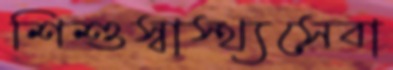
শিশুস্বাস্থ্যসেবা